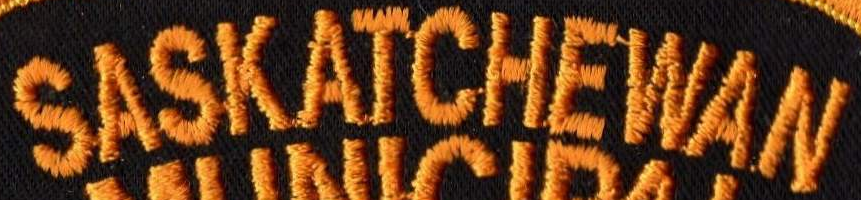
SASKATCHEWAN